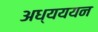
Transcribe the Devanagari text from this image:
अध्यययन